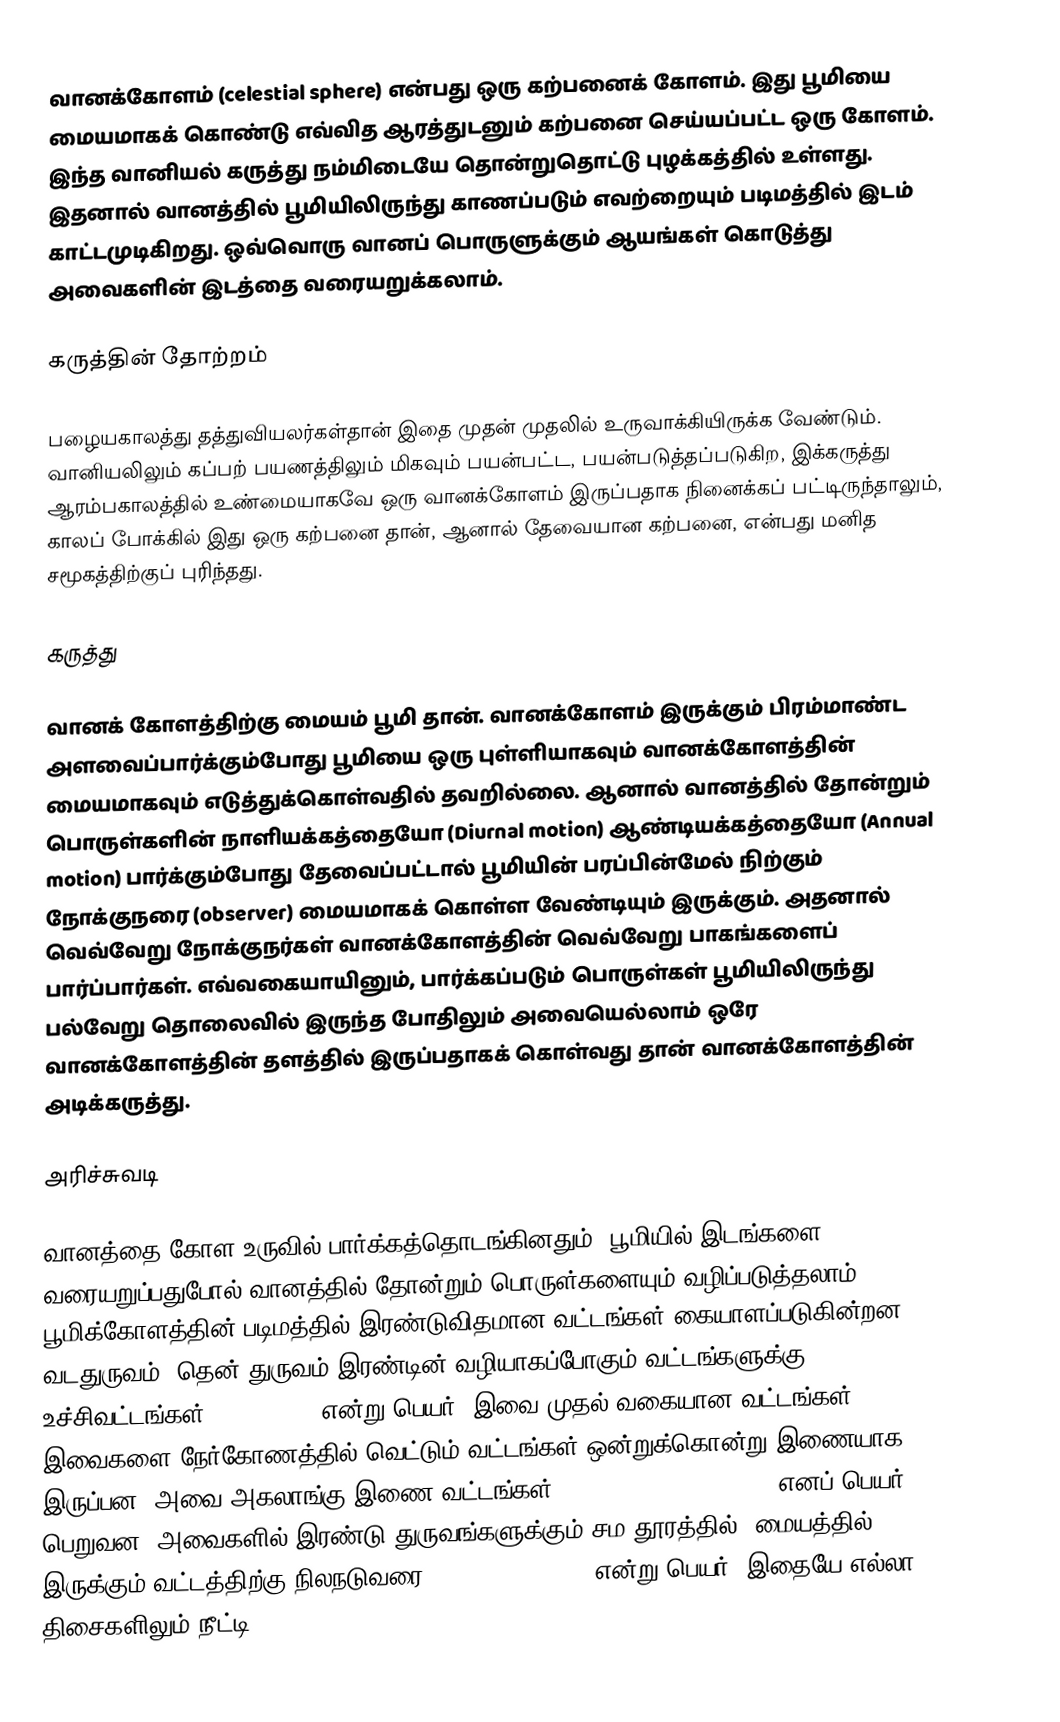
வானக்கோளம் (celestial sphere) என்பது ஒரு கற்பனைக் கோளம். இது பூமியை மையமாகக் கொண்டு எவ்வித ஆரத்துடனும் கற்பனை செய்யப்பட்ட ஒரு கோளம். இந்த வானியல் கருத்து நம்மிடையே தொன்றுதொட்டு புழக்கத்தில் உள்ளது. இதனால் வானத்தில் பூமியிலிருந்து காணப்படும் எவற்றையும் படிமத்தில் இடம் காட்டமுடிகிறது. ஒவ்வொரு வானப் பொருளுக்கும் ஆயங்கள் கொடுத்து அவைகளின் இடத்தை வரையறுக்கலாம்.

கருத்தின் தோற்றம்

பழையகாலத்து தத்துவியலர்கள்தான் இதை முதன் முதலில் உருவாக்கியிருக்க வேண்டும். வானியலிலும் கப்பற் பயணத்திலும் மிகவும் பயன்பட்ட, பயன்படுத்தப்படுகிற, இக்கருத்து ஆரம்பகாலத்தில் உண்மையாகவே ஒரு வானக்கோளம் இருப்பதாக நினைக்கப் பட்டிருந்தாலும், காலப் போக்கில் இது ஒரு கற்பனை தான், ஆனால் தேவையான கற்பனை, என்பது மனித சமூகத்திற்குப் புரிந்தது.

கருத்து

வானக் கோளத்திற்கு மையம் பூமி தான். வானக்கோளம் இருக்கும் பிரம்மாண்ட அளவைப்பார்க்கும்போது பூமியை ஒரு புள்ளியாகவும் வானக்கோளத்தின் மையமாகவும் எடுத்துக்கொள்வதில் தவறில்லை. ஆனால் வானத்தில் தோன்றும் பொருள்களின் நாளியக்கத்தையோ (Diurnal motion) ஆண்டியக்கத்தையோ (Annual motion) பார்க்கும்போது தேவைப்பட்டால் பூமியின் பரப்பின்மேல் நிற்கும் நோக்குநரை (observer) மையமாகக் கொள்ள வேண்டியும் இருக்கும். அதனால் வெவ்வேறு நோக்குநர்கள் வானக்கோளத்தின் வெவ்வேறு பாகங்களைப் பார்ப்பார்கள். எவ்வகையாயினும், பார்க்கப்படும் பொருள்கள் பூமியிலிருந்து பல்வேறு தொலைவில் இருந்த போதிலும் அவையெல்லாம் ஒரே வானக்கோளத்தின் தளத்தில் இருப்பதாகக் கொள்வது தான் வானக்கோளத்தின் அடிக்கருத்து.

அரிச்சுவடி

வானத்தை கோள உருவில் பார்க்கத்தொடங்கினதும், பூமியில் இடங்களை வரையறுப்பதுபோல் வானத்தில் தோன்றும் பொருள்களையும் வழிப்படுத்தலாம். பூமிக்கோளத்தின் படிமத்தில் இரண்டுவிதமான வட்டங்கள் கையாளப்படுகின்றன. வடதுருவம், தென் துருவம் இரண்டின் வழியாகப்போகும் வட்டங்களுக்கு உச்சிவட்டங்கள் (meridians) என்று பெயர். இவை முதல் வகையான வட்டங்கள். இவைகளை நேர்கோணத்தில் வெட்டும் வட்டங்கள் ஒன்றுக்கொன்று இணையாக இருப்பன. அவை அகலாங்கு இணை வட்டங்கள் (parallels of latitude) எனப் பெயர் பெறுவன. அவைகளில் இரண்டு துருவங்களுக்கும் சம தூரத்தில் (மையத்தில்) இருக்கும் வட்டத்திற்கு நிலநடுவரை (earth’s equator) என்று பெயர். இதையே எல்லா திசைகளிலும் நீட்டி